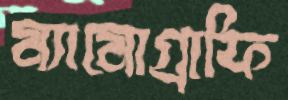
ম্যামোগ্রাফি